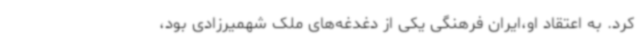
کرد. به اعتقاد او،ایران فرهنگی یکی از دغدغه‌های ملک شهمیرزادی بود،